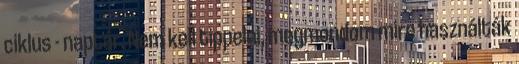
ciklus - naptár. Nem kell tippelni, megmondom mire használták